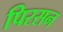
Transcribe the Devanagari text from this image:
पिरसन